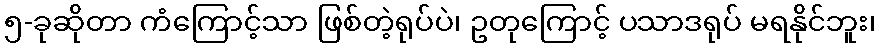
၅-ခုဆိုတာ ကံကြောင့်သာ ဖြစ်တဲ့ရုပ်ပဲ၊ ဥတုကြောင့် ပသာဒရုပ် မရနိုင်ဘူး၊